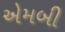
એમબી